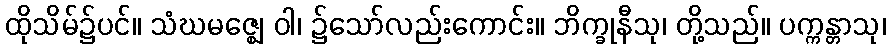
ထိုသိမ်၌ပင်။ သံဃမဇ္ဈေ ဝါ၊ ၌သော်လည်းကောင်း။ ဘိက္ခုနီသု၊ တို့သည်။ ပက္ကန္တာသု၊